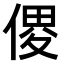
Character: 𠋻